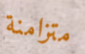
متزامنة